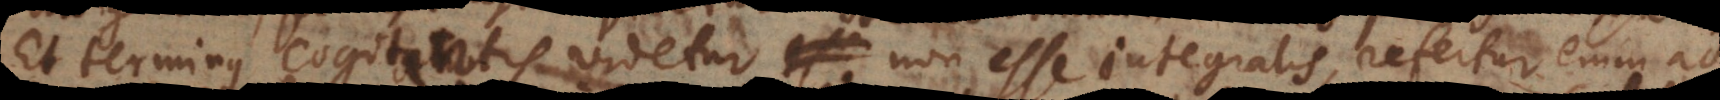
Et terminus cogitantis videtur non esse integralis, refertur enim ad